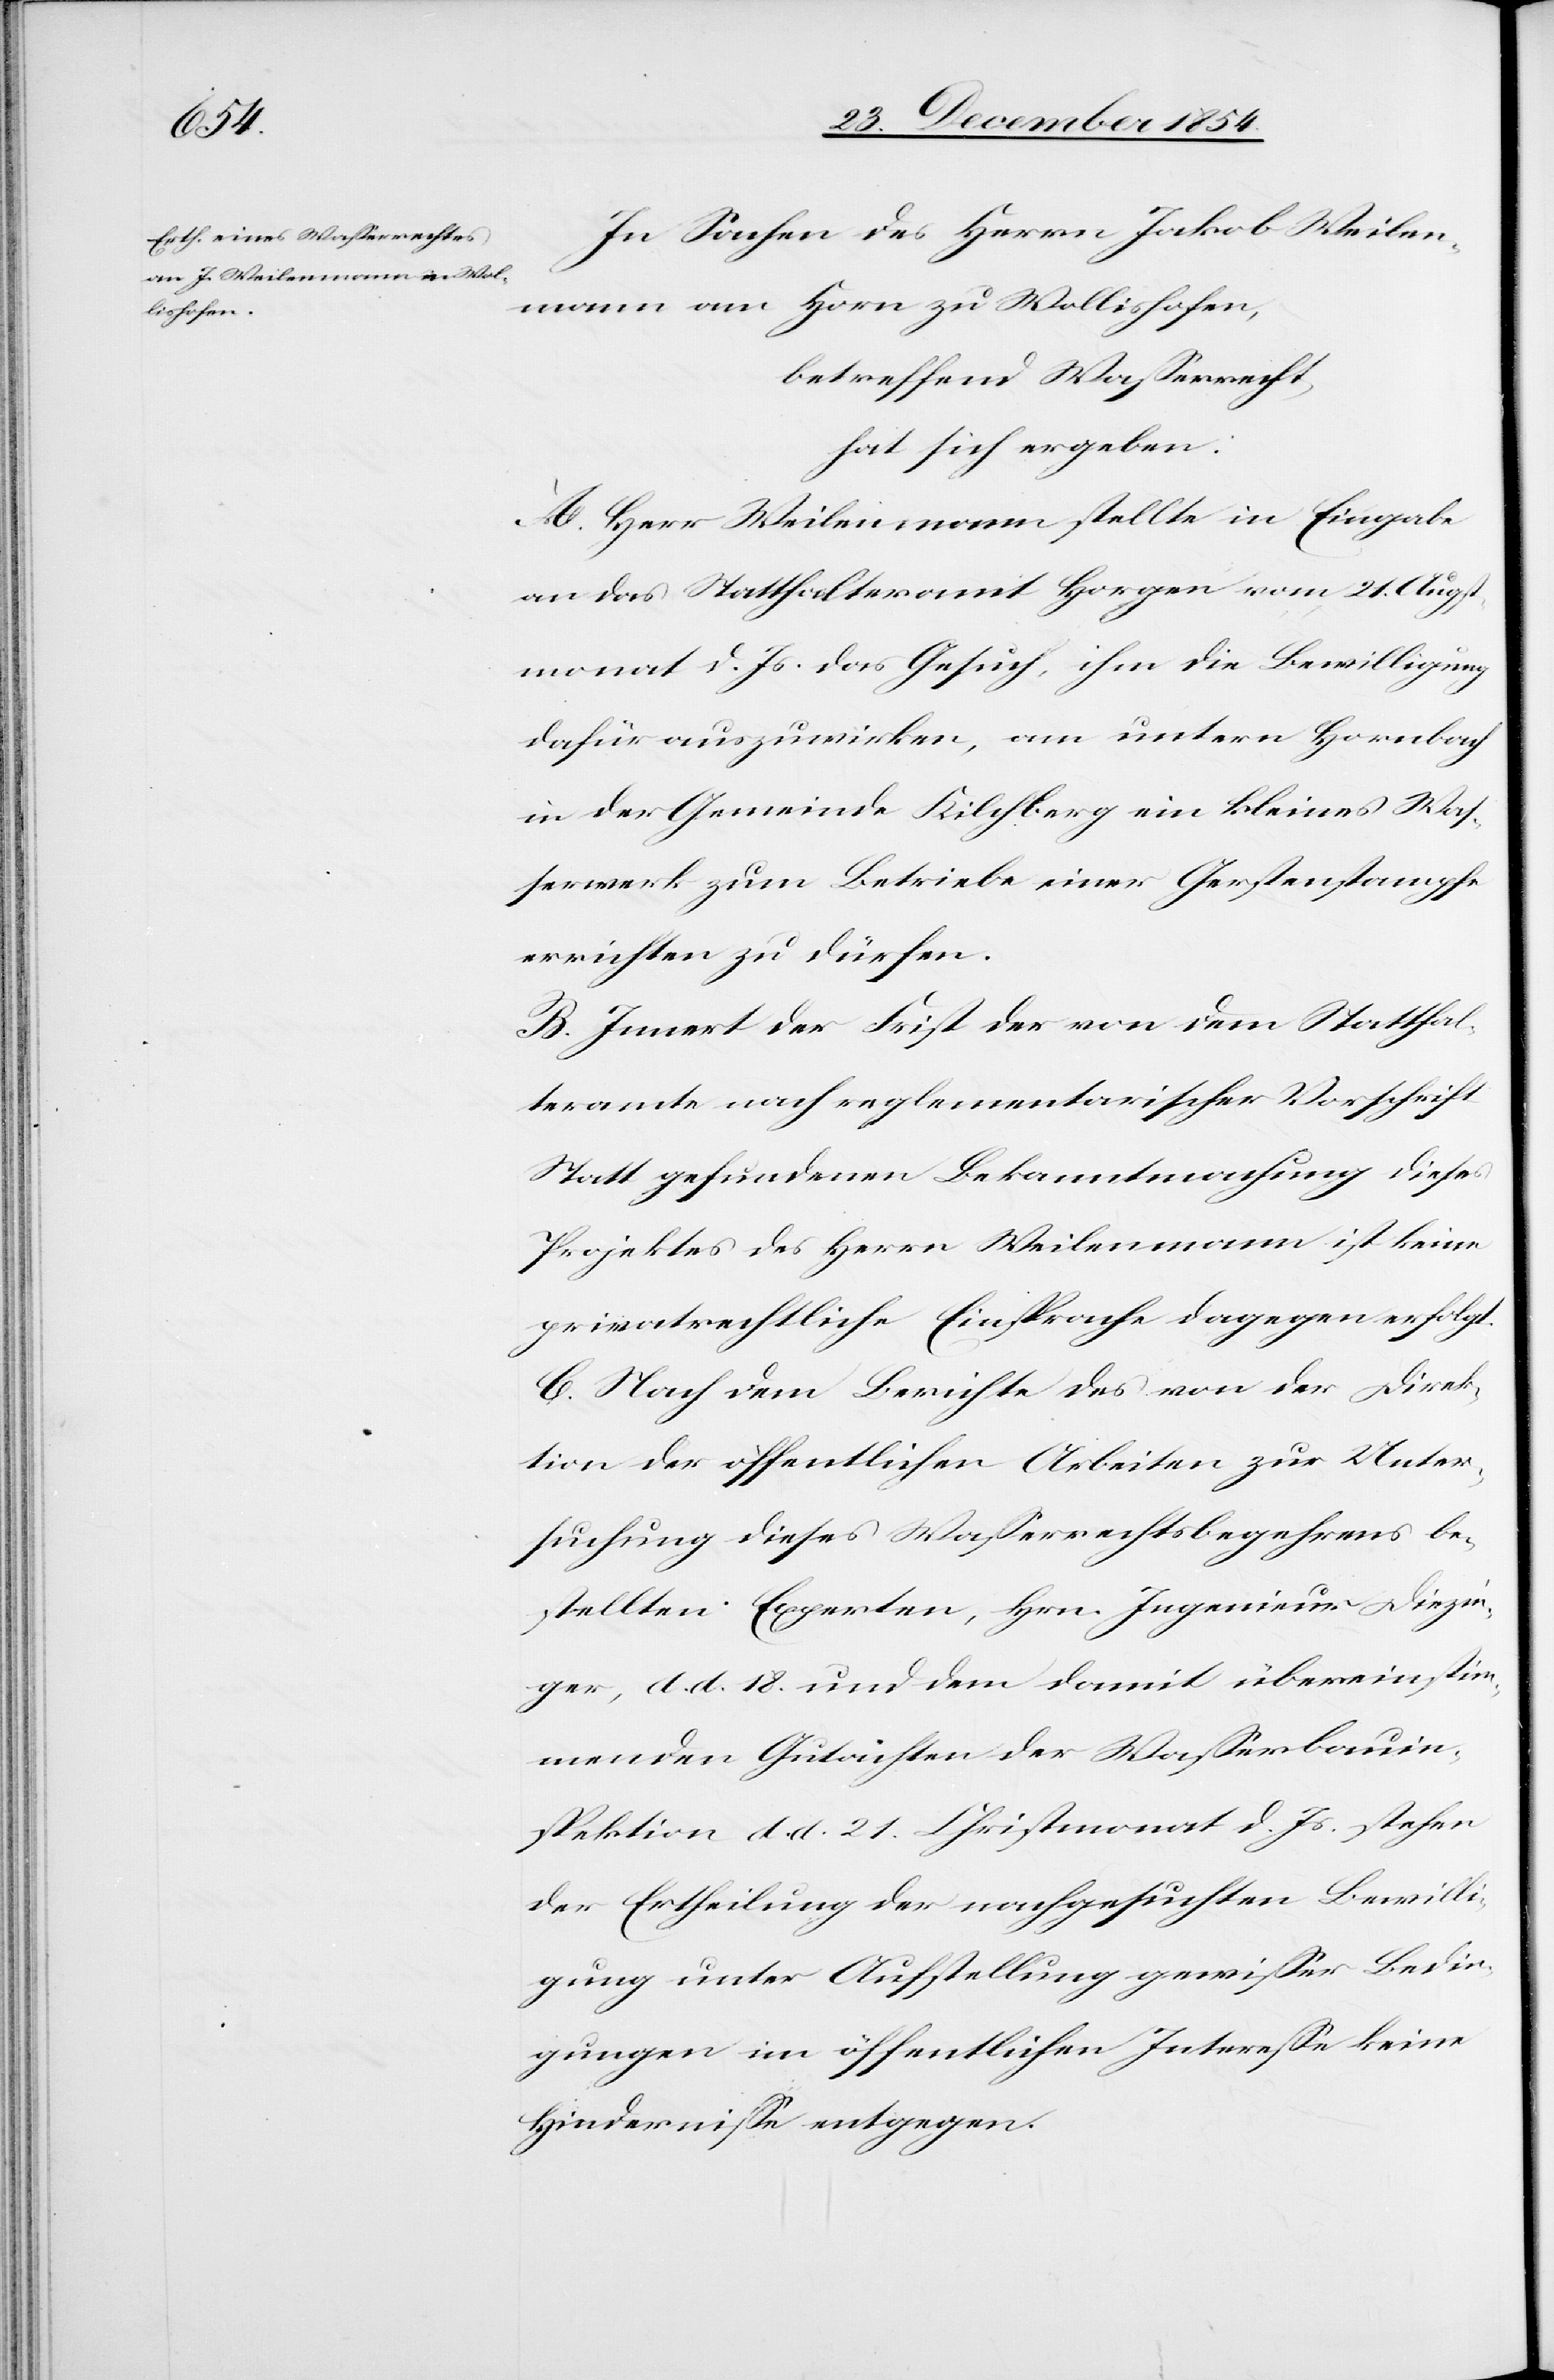
In Sachen des Herrn Jakob Weilen¬
mann am Horn zu Wollishofen,
betreffend Waßerrecht,
hat sich ergeben:
A. Herr Weilenmann stellte in Eingabe
an das Statthalteramt Horgen vom 21. Augst¬
monat d. Js. das Gesuch, ihm die Bewilligung
dafür auszuwirken, am untern Hornbach
in der Gemeinde Kilchberg ein kleines Waß¬
erwerk zum Betreibe einer Gerstenstampfe
errichten zu dürfen.
B. Innert der Frist der von dem Statthal¬
teramte nach reglementarischer Vorschrift
Statt gefundenen Bekanntmachung dieses
Projektes des Herrn Weilenmann ist keine
privatrechtliche Einsprache dagegen erfolgt.
C. Nach dem Berichte des von der Direk¬
tion der öffentlichen Arbeiten zur Unter¬
suchung dieses Waßerrechtsbegehrens be¬
stellten Experten, Hrn. Ingenieur Diezin¬
ger, d. d. 1854. und dem damit übereinstim¬
menden Gutachten der Waßerbauin¬
spektion d. d. 21. Christmonat d. Js. stehen
der Ertheilung der nachgesuchten Bewilli¬
gung unter Aufstellung gewißer Bedin¬
gungen im öffentlichen Intereße keine
Hinderniße entgegen.